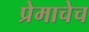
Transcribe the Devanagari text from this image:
प्रेमाचेच